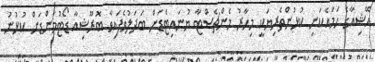
އޭޝިއާގެ ހަމައެކަނި ކުޅުންތެރިޔަކީ މިހާރު މެންޗެސްޓާ ޔުނައިޓެޑަށް ބަދަލުވެފައިވާ ބޮރޫޝިއާ ޑޯޓުމަންޑަށް ކުޅުނު